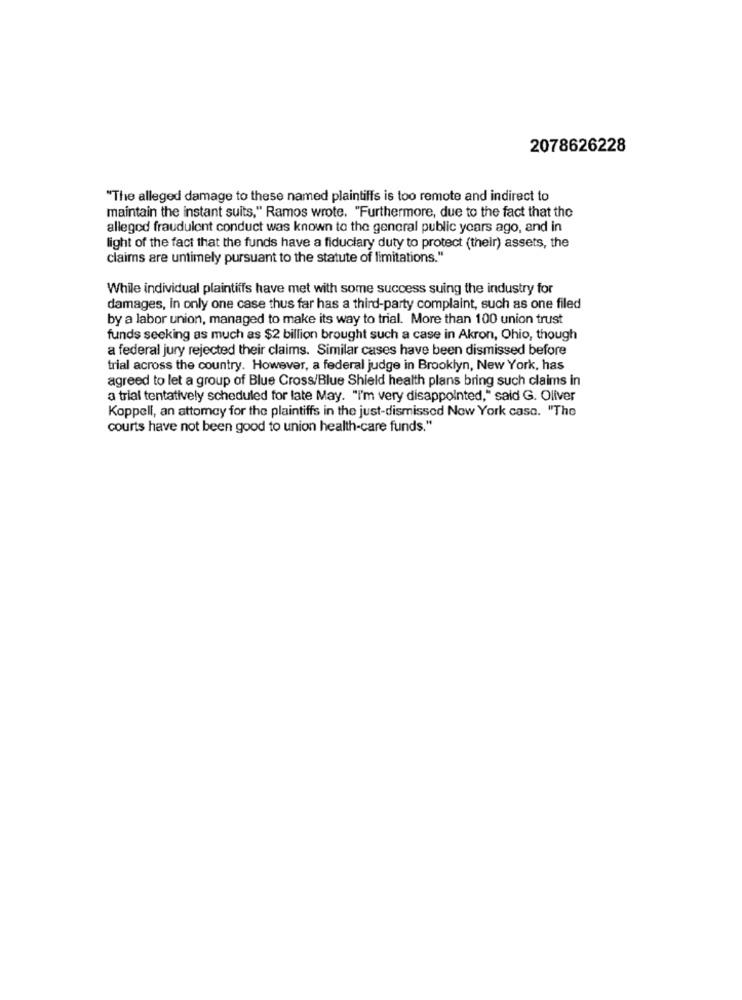
2078626228
"The alleged damage to these named plaintiffs is too remote and indirect to
maintain the instant suits," Ramos wrote. "Furthermore, due to the fact that the
allegod fraudulent conduct was known to the general public years ago, and in
light of the fact that the funds have a fiduciary duty to protect (their) assets, the
claims are untimely pursuant to the statute of limitations."
While individual plaintiffs have met with some success suing the industry for
damages, in only one case thus far has a third-party complaint, such as one filed
by a labor union, managed to make its way to trial. More than 100 union trust
funds seeking as much as $2 billion brought such a case in Akron, Ohio, though
a federal jury rejected their claims. Similar cases have been dismissed before
trial across the country. However, a federal judge in Brooklyn, New York, has
agreed to let a group of Blue Cross/Blue Shield health plans bring such claims in
a trial tentatively scheduled for late May. "I'm very disappointed," said G. Oliver
Koppell, an attomey for the plaintiffs in the just-dismissed New York caso. "The
courts have not been good to union health-care funds."